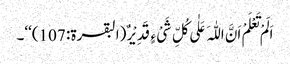
اَلَمْ تَعْلَمْ اَنَّ اللّٰہَ عَلٰی کُلِّ شَیْ ءٍ قَدِیْرٌ (البقرۃ: 107)‘‘۔